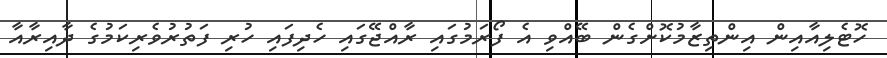
ހޮޓެލިއާއިން އިންތިޒާމުކޮށްގެން ބޭއްވި އެ ފޯރަމުގައި ރާއްޖޭގައި ހެދިފައި ހުރި ފަތުރުވެރިކަމުގެ ދާއިރާއާ